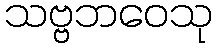
သဗ္ဗဘဝေသု